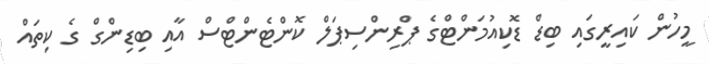
މީހުން ކައިރީގައި ބިޑް ޑޮކިއުމަންޓްގެ ޕްރިންސިޕަލް ކޮންޓެންޓްސް އާއި ބިޑިންގް ގެ ކިތައް